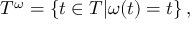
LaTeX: T ^ { \omega } = \{ t \in T | \omega ( t ) = t \} \, ,